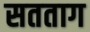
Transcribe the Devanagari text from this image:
सतताग